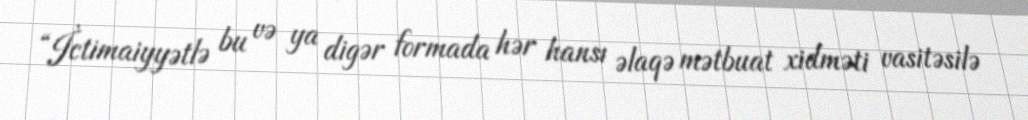
“İctimaiyyətlə bu və ya digər formada hər hansı əlaqə mətbuat xidməti vasitəsilə